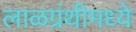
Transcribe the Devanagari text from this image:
लाळग्रंथीमध्ये